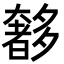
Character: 𭑥